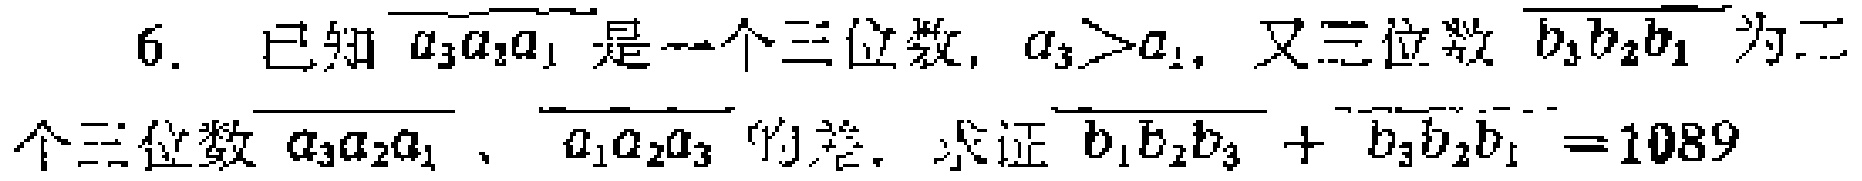
6. 已知\(\overline{a_{3}a_{2}a_{1}}\)是一个三位数，\(a_{3}>a_{1}\)，又三位数\(\overline{b_{3}b_{2}b_{1}}\)为二个三位数\(\overline{a_{3}a_{2}a_{1}}\)、\(\overline{a_{1}a_{2}a_{3}}\)的差，求证\(\overline{b_{1}b_{2}b_{3}}+\overline{b_{3}b_{2}b_{1}} = 1089\)